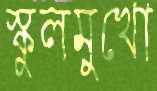
স্কুলমুখো